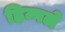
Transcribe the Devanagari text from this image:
हिन्गले